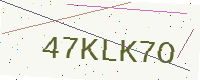
Text: 47KLK7O